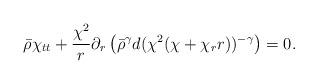
LaTeX: \begin{align*}\bar{\rho} \chi_{tt} + \frac{\chi^2}{r} \partial_r \left( \bar{\rho}^{\gamma} d (\chi^2 (\chi+\chi_r r))^{-\gamma} \right)=0.\end{align*}